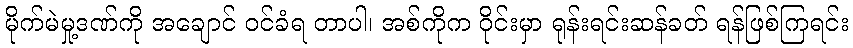
မိုက်မဲမှု့ဒဏ်ကို အချောင် ဝင်ခံရ တာပါ၊ အစ်ကိုက ဝိုင်းမှာ ရုန်းရင်းဆန်ခတ် ရန်ဖြစ်ကြရင်း